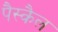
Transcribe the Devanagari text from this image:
पैस्कैल